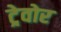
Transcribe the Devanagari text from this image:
ट्रेवोर